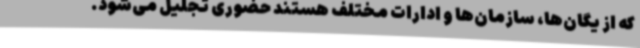
که از یگان‌ها، سازمان‌ها و ادارات مختلف هستند حضوری تجلیل می‌شود.